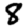
Digit: 8